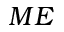
M E